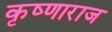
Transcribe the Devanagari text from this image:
कृष्णाराज